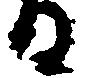
る